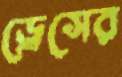
ড্রেসের